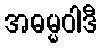
အဓမ္မဝါဒီ